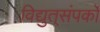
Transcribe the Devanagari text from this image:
विद्युत्‌संपर्को